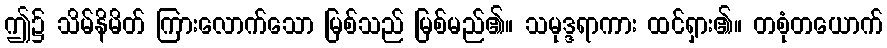
ဤ၌ သိမ်နိမိတ် ကြားလောက်သော မြစ်သည် မြစ်မည်၏။ သမုဒ္ဒရာကား ထင်ရှား၏။ တစုံတယောက်